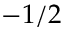
- 1 / 2